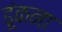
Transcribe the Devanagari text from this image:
ढ़ूंकना